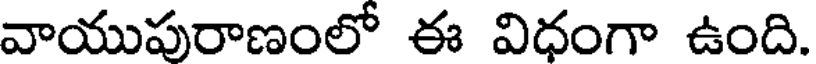
వాయుపురాణంలో ఈ విధంగా ఉంది.